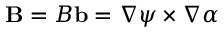
{ \bf B } = B { \bf b } = \nabla \psi \times \nabla \alpha